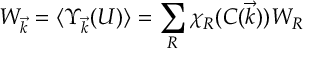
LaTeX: W _ { \vec { k } } = \langle \Upsilon _ { \vec { k } } ( U ) \rangle = \sum _ { R } \chi _ { R } ( C ( \vec { k } ) ) W _ { R }